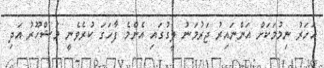
އަހަރު ނިމުމަކަށް އަންނައިރު ޖަރުމަނު ލީގުގައި އެންމެ ފާހަގަ ކުރެވެނީ މަޝްހޫރު އަދި